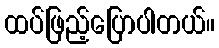
ထပ်ဖြည့်ပြောပါတယ်။